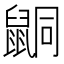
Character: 𪕙